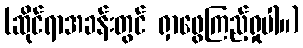
(ဆိုင်ရာအခန်းတွင် ရှာဖွေကြည့်ရှုပါ။)